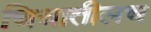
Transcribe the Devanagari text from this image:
चित्रातीलच